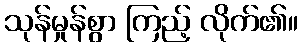
သုန်မှုန်စွာ ကြည့် လိုက်၏။